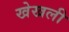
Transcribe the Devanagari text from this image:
खेखली